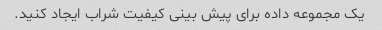
یک مجموعه داده برای پیش بینی کیفیت شراب ایجاد کنید.